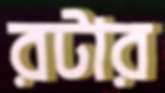
রটার